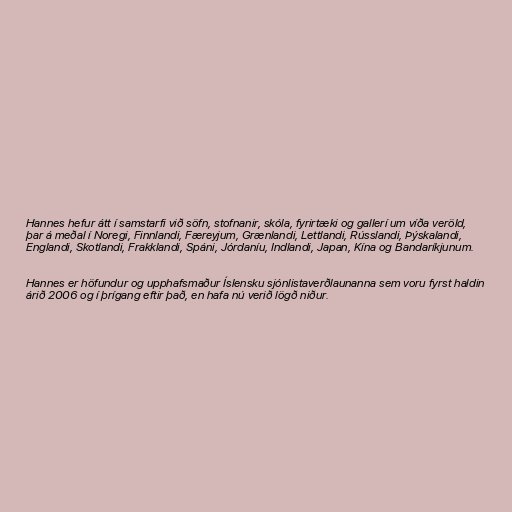
Hannes hefur átt í samstarfi við söfn, stofnanir, skóla, fyrirtæki og gallerí um víða veröld,
þar á meðal í Noregi, Finnlandi, Færeyjum, Grænlandi, Lettlandi, Rússlandi, Þýskalandi,
Englandi, Skotlandi, Frakklandi, Spáni, Jórdaníu, Indlandi, Japan, Kína og Bandaríkjunum.

Hannes er höfundur og upphafsmaður Íslensku sjónlistaverðlaunanna sem voru fyrst haldin
árið 2006 og í þrígang eftir það, en hafa nú verið lögð niður.